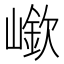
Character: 𡼲